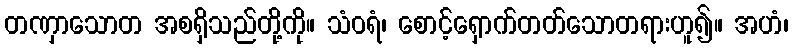
တဏှာသောတ အစရှိသည်တို့ကို။ သံဝရံ၊ စောင့်ရှောက်တတ်သောတရားဟူ၍။ အဟံ၊